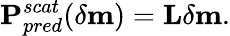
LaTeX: \textbf{P}_{pred}^{scat}(\delta\textbf{m})=\textbf{L}\delta\textbf{m}.